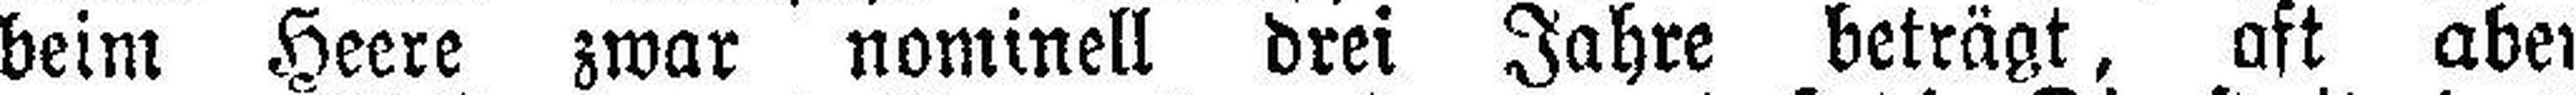
beim Heere zwar nominell drei Jahre beträgt, aft aber